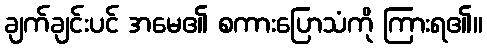
ချက်ချင်းပင် အမေ၏ စကားပြောသံကို ကြားရ၏။